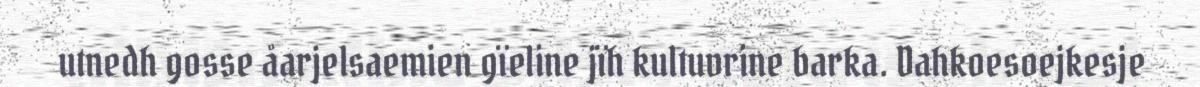
utnedh gosse åarjelsaemien gïeline jïh kultuvrine barka. Dahkoesoejkesje